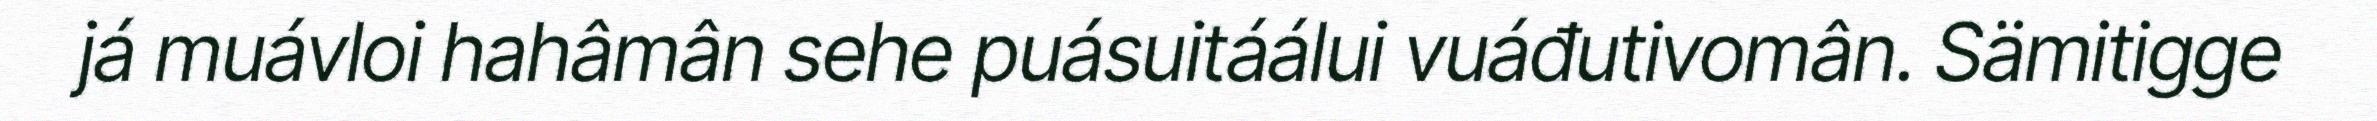
já muávloi hahâmân sehe puásuitáálui vuáđutivomân. Sämitigge